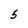
Character: 5